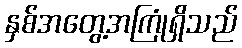
နှစ်အတွေ့အကြုံရှိသည်